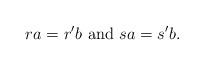
LaTeX: \begin{align*} ra = r'b \ \textnormal{and} \ sa = s'b.\end{align*}